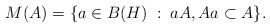
\begin{align*}M(A) = \{a \in B(H)\; :\; aA, Aa \subset A \}.\end{align*}